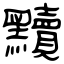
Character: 黷